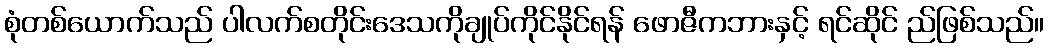
စုံတစ်ယောက်သည် ပါလက်စတိုင်းဒေသကိုချုပ်ကိုင်နိုင်ရန် ဖောဇီကဘားနှင့် ရင်ဆိုင် ည်ဖြစ်သည်။